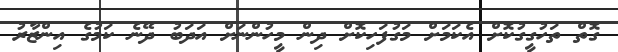
ގޮތް ތަހުގީގުކޮށް އެކަމަށް މަގުފަހިކޮށް ދިން މީހުންނަށް އަދަބު ދޭނެ ކަމުގެ އިންޒާރު